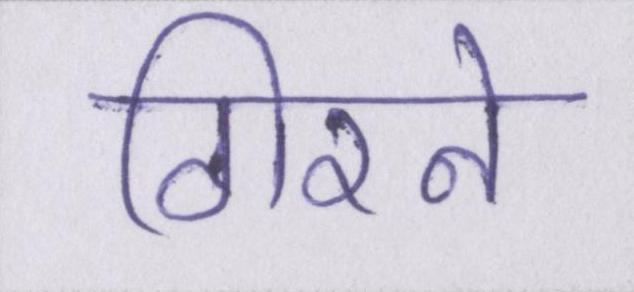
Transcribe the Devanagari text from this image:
गिरने